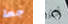
جعة أكثر